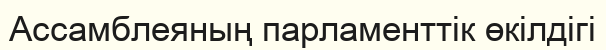
Ассамблеяның парламенттік өкілдігі